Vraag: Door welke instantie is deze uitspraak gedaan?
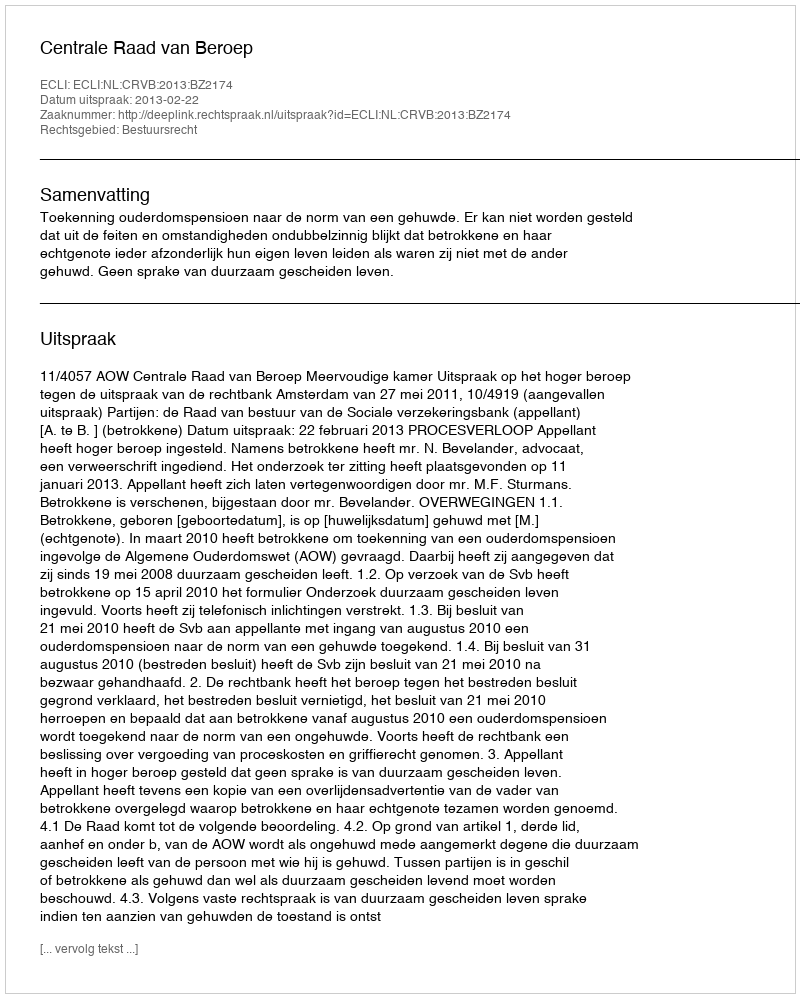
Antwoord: Centrale Raad van Beroep